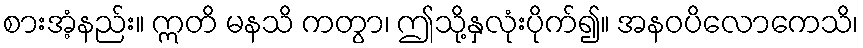
စားအံ့နည်း။ ဣတိ မနသိ ကတွာ၊ ဤသို့နှလုံးပိုက်၍။ အနဝပိလောကေသိ၊